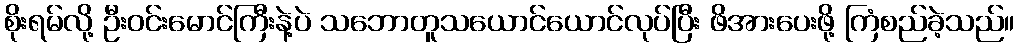
စိုးရမ်လို့ ဦးဝင်းမောင်ကြီးနဲ့ပဲ သဘောတူသယောင်ယောင်လုပ်ပြီး ဖိအားပေးဖို့ ကြံစည်ခဲ့သည်။